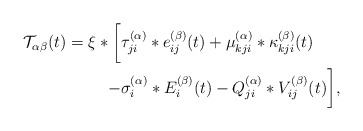
\begin{align*}\begin{aligned}\mathcal{T}_{\alpha\beta}(t)=\xi*\biggl[ & \tau_{ji}^{(\alpha)}*e_{ij}^{(\beta)}(t)+\mu_{kji}^{(\alpha)}*\kappa_{kji}^{(\beta)}(t)\\- & \sigma_{i}^{(\alpha)}*E_{i}^{(\beta)}(t)-Q_{ji}^{(\alpha)}*V_{ij}^{(\beta)}(t)\biggr],\end{aligned}\end{align*}